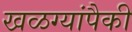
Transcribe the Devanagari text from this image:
खळग्यांपैकी